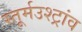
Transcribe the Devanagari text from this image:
स्तूर्मउश्ट्रांव